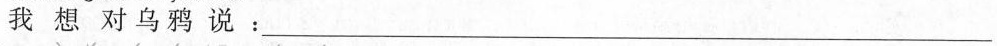
我想对乌鸦说___